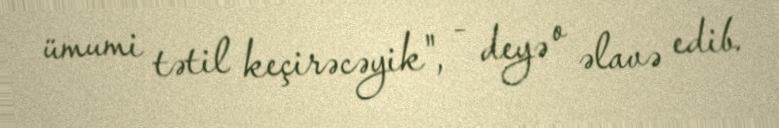
ümumi tətil keçirəcəyik", - deyə o əlavə edib.